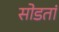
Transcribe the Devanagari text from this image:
सोडतां